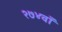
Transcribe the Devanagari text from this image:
२७४वाँ